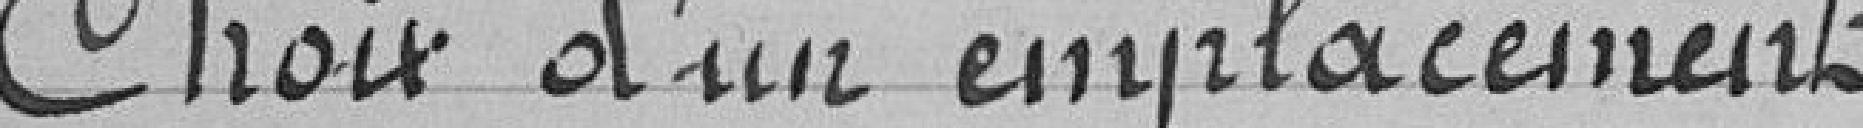
Choix d'un emplacement